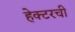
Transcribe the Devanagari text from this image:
हेक्टरची